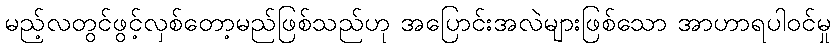
မည့်လတွင်ဖွင့်လှစ်တော့မည်ဖြစ်သည်ဟု အပြောင်းအလဲများဖြစ်သော အာဟာရပါဝင်မှု